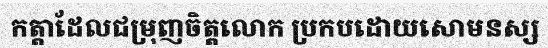
កត្តាដែលជម្រុញចិត្តលោក ប្រកបដោយសោមនស្ស